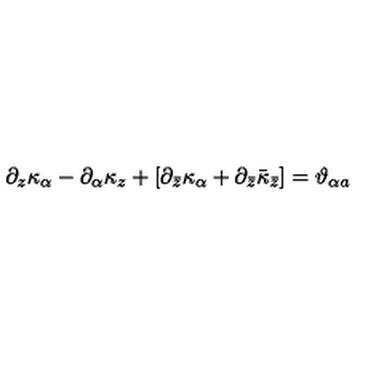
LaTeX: \partial _ { z } \kappa _ { \alpha } - \partial _ { \alpha } \kappa _ { z } + [ \partial _ { \bar { z } } \kappa _ { \alpha } + \partial _ { \bar { z } } \bar { \kappa } _ { \bar { z } } ] = \vartheta _ { \alpha a }